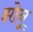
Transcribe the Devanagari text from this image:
झोनू